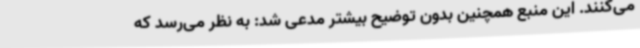
می‌کنند. این منبع همچنین بدون توضیح بیشتر مدعی شد: به نظر می‌رسد که